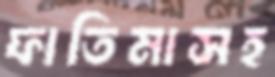
ফাতিমাসহ